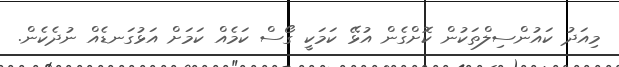
މިއަދު ކައުންސިލްތަކުން ކޮށްގެން އުޅޭ ކަމަކީ ގޯސް ކަމެއް ކަމަށް އަޅުގަނޑެއް ނުދެކެން.